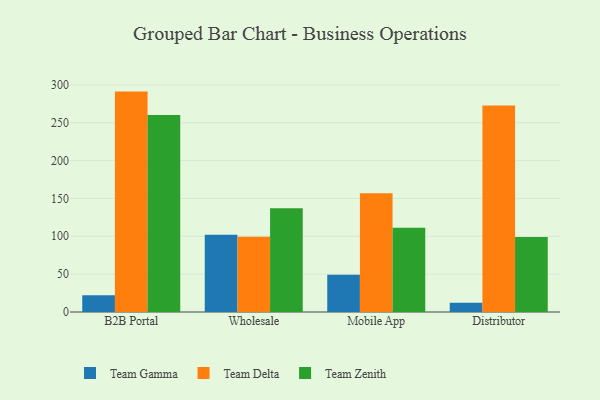
{"axis": {"x": "Channel", "y": "Net Income (USD K)"}, "legend": ["Team Delta", "Team Gamma", "Team Zenith"], "data": [{"x": "B2B Portal", "y": 22.0, "type": "Team Gamma"}, {"x": "B2B Portal", "y": 291.1, "type": "Team Delta"}, {"x": "B2B Portal", "y": 260.2, "type": "Team Zenith"}, {"x": "Wholesale", "y": 102.1, "type": "Team Gamma"}, {"x": "Wholesale", "y": 99.4, "type": "Team Delta"}, {"x": "Wholesale", "y": 137.0, "type": "Team Zenith"}, {"x": "Mobile App", "y": 49.3, "type": "Team Gamma"}, {"x": "Mobile App", "y": 157.0, "type": "Team Delta"}, {"x": "Mobile App", "y": 111.2, "type": "Team Zenith"}, {"x": "Distributor", "y": 12.1, "type": "Team Gamma"}, {"x": "Distributor", "y": 272.7, "type": "Team Delta"}, {"x": "Distributor", "y": 99.1, "type": "Team Zenith"}]}